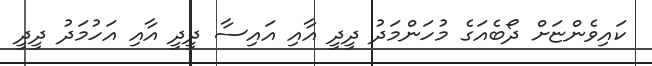
ކައިވެންޏަށް ދޯބެއަގެ މުހަންމަދު ދީދީ އާއި އައިސާ ދީދީ އާއި އަހުމަދު ދީދީ